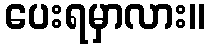
ပေးရမှာလား။